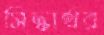
সিদ্ধার্থর